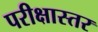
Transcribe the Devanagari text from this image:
परीक्षास्तर